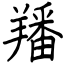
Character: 羳